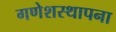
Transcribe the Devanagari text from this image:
गणेशस्थापना